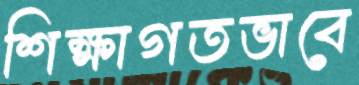
শিক্ষাগতভাবে